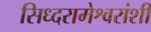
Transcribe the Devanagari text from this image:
सिध्दरामेश्वरांशी